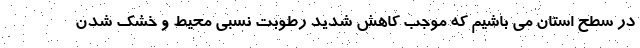
در سطح استان می باشیم که موجب کاهش شدید رطوبت نسبی محیط و خشک شدن